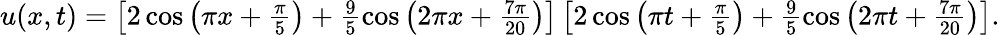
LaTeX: \begin{array}{r}{u(x,t)=\left[2\cos\left(\pi x+\frac{\pi}{5}\right)+\frac{9}{5}\cos\left(2\pi x+\frac{7\pi}{20}\right)\right]\left[2\cos\left(\pi t+\frac{\pi}{5}\right)+\frac{9}{5}\cos\left(2\pi t+\frac{7\pi}{20}\right)\right].}\end{array}